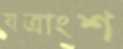
যত্রাংশ